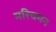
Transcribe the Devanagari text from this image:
मरिचमन